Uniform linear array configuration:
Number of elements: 64
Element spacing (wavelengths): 1
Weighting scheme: binomial
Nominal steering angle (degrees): -60
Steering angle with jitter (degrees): -59.432
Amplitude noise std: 0.05
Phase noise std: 0.05

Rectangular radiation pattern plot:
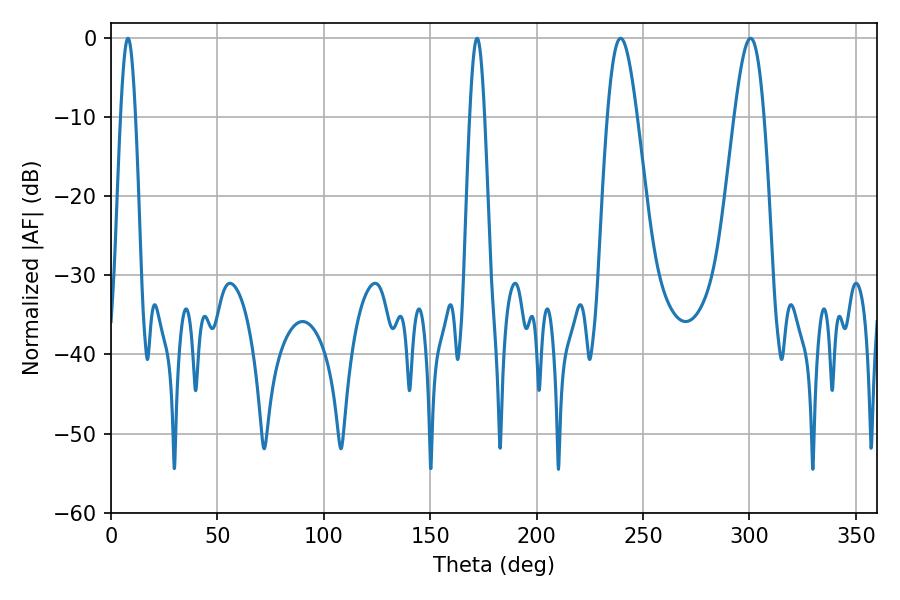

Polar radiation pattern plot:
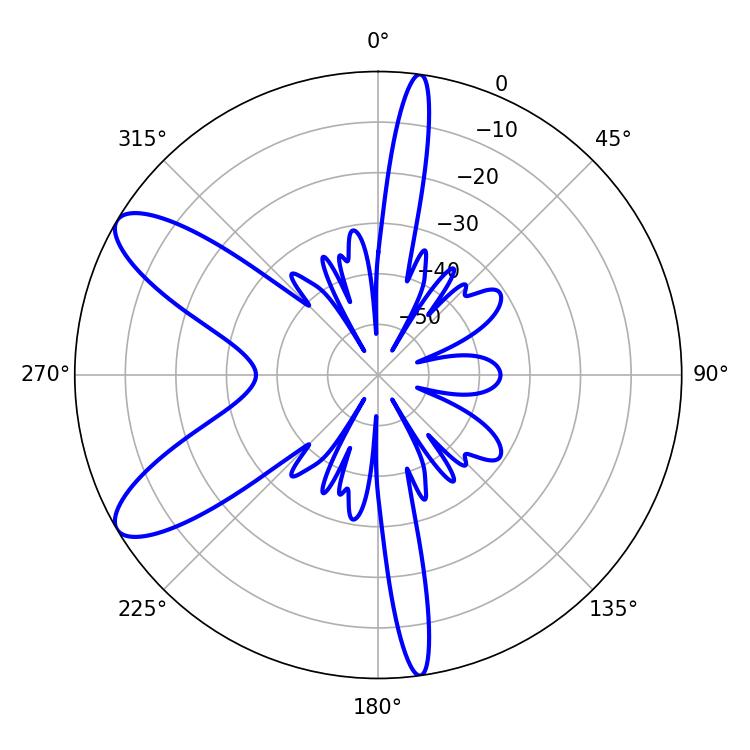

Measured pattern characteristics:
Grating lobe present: TRUE
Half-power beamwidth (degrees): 7.38
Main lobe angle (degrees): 239.4